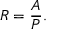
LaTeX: R = { \frac { A } { P } } .